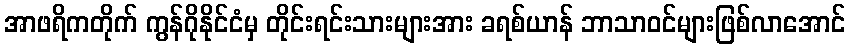
အာဖရိကတိုက် ကွန်ဂိုနိုင်ငံမှ တိုင်းရင်းသားများအား ခရစ်ယာန် ဘာသာဝင်များဖြစ်လာအောင်